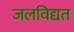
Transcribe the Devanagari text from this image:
जलविद्यत